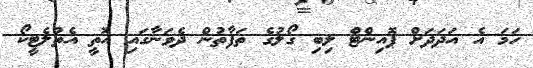
ހަމަ އެ އަދަދަށް ޕޮއިންޓް ލިބި ގޯލުގެ ތަފާތުން ދެވަނާގައި އޮތީ އެތުލެޓީކޯ